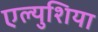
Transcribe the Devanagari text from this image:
एल्युशिया